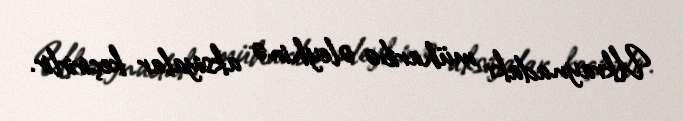
Ukraynadakı müharibə əleyhinə aksiyalar keçirirlir.